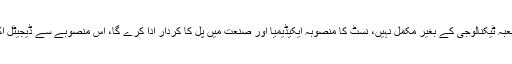
انھوں نے لکھا کہ انسانی زندگی کا کوئی شعبہ ٹیکنالوجی کے بغیر مکمل نہیں، نسٹ کا منصوبہ ایکیڈیمیا اور صنعت میں پل کا کردار ادا کرے گا، اس منصوبے سے ڈیجیٹل اکانومی اور تحقیق و ترقی کو فروغ ملے گا۔